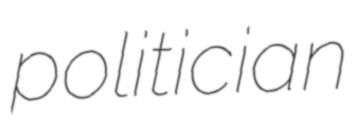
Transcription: politician